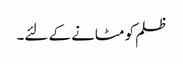
ظلم کو مٹانے کے لئے۔